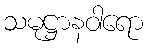
သမုဋ္ဌာနဝါရော